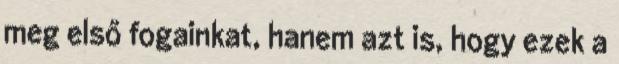
meg első fogainkat, hanem azt is, hogy ezek a